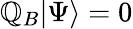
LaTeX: \mathbb{Q}_{B}|\Psi\rangle=0